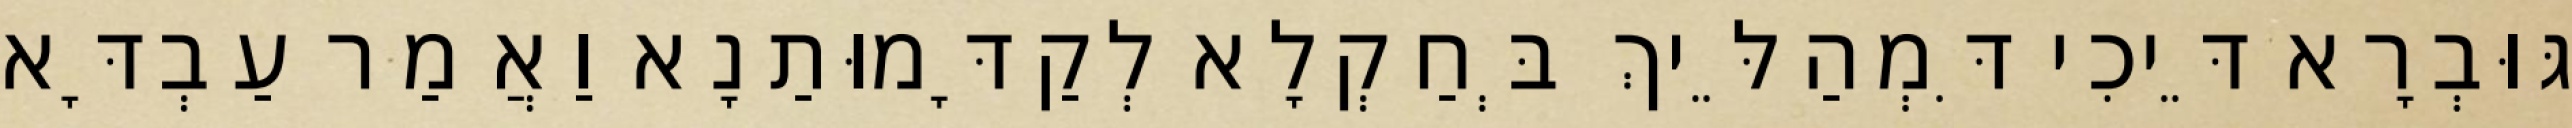
גּוּבְרָא דֵּיכִי דִּמְהַלֵּיךְ בְּחַקְלָא לְקַדָּמוּתַנָא וַאֲמַר עַבְדָּא